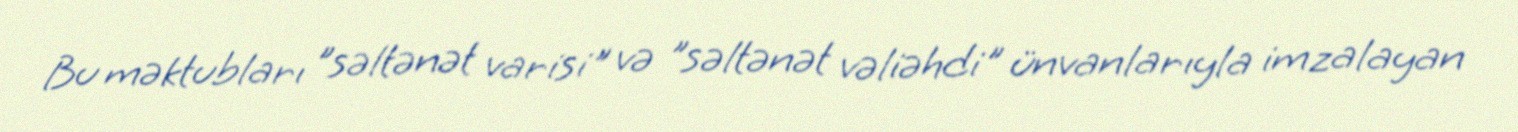
Bu məktubları "səltənət varisi" və "səltənət vəliəhdi" ünvanlarıyla imzalayan